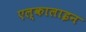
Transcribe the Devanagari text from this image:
एल्कालाइन